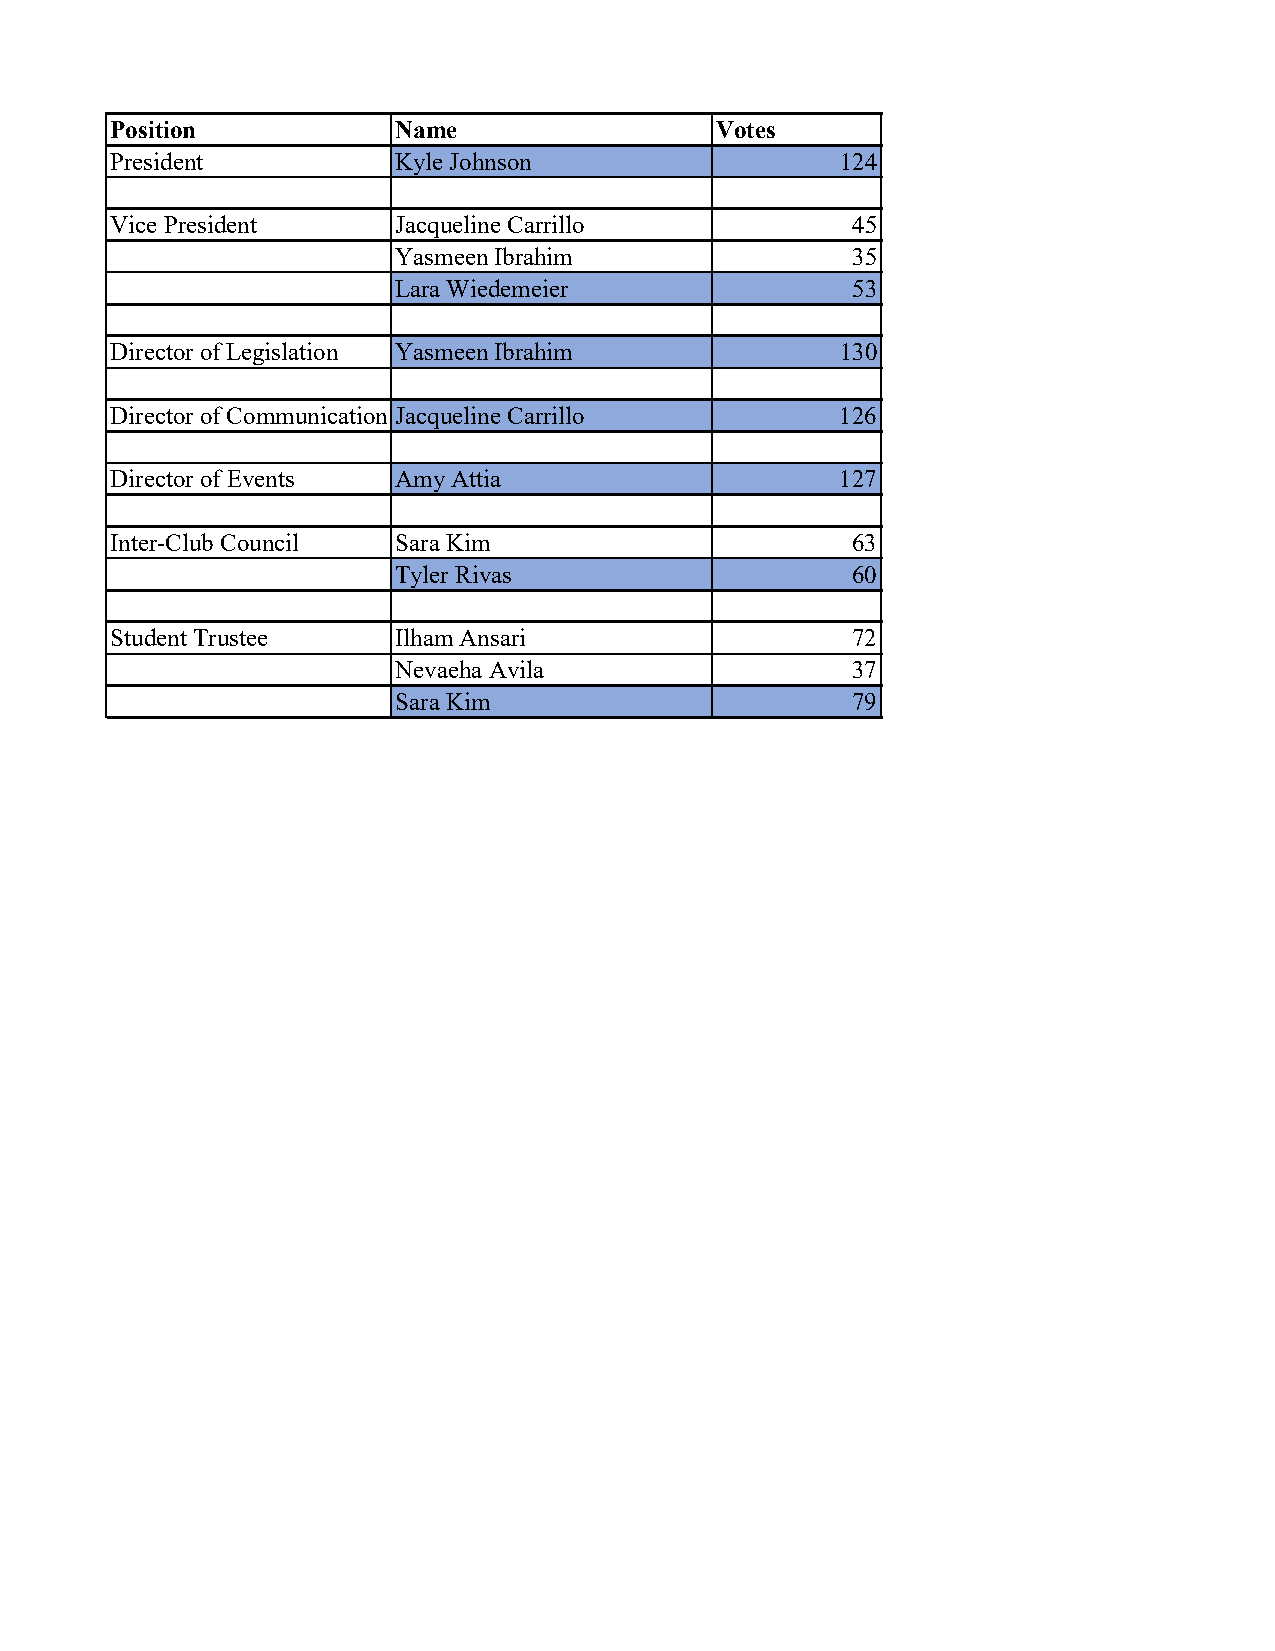
Position           Name                 Votes
 President          Kyle Johnson                  124
 Vice President     Jacqueline Carrillo           45
 Yasmeen Ibrahim               35
 Lara Wiedemeier               53
 Director of Legislation Yasmeen Ibrahim          130
 Director of Communication Jacqueline Carrillo    126
 Director of Events Amy Attia                     127
 Inter-Club Council Sara Kim                      63
 Tyler Rivas                   60
 Student Trustee    Ilham Ansari                  72
 Nevaeha Avila                 37
 Sara Kim                      79